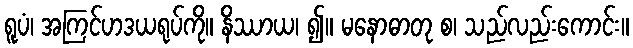
ရူပံ၊ အကြင်ဟဒယရုပ်ကို။ နိဿာယ၊ ၍။ မနောဓာတု စ၊ သည်လည်းကောင်း။